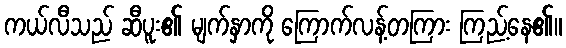
ကယ်လီသည် ဆီပူး၏ မျက်နှာကို ကြောက်လန့်တကြား ကြည့်နေ၏။